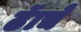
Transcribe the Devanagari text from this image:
ढॅाचे